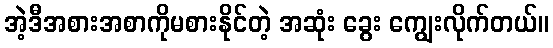
အဲ့ဒီအစားအစာကိုမစားနိုင်တဲ့ အဆုံး ခွေး ကျွေးလိုက်တယ်။